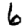
Digit: 6